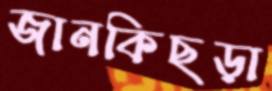
জানকিছড়া